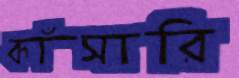
কাঁসারি